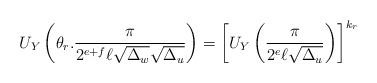
LaTeX: \begin{align*}U_Y\left( \theta_r . \frac{\pi }{2^{e+f} \ell \sqrt{\Delta_w}\sqrt{\Delta_u}} \right) & = \left[U_Y\left( \frac{\pi}{2^e \ell \sqrt{\Delta_u}}\right)\right]^{k_r }\end{align*}